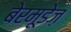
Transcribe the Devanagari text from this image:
बेरमूडेज़